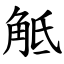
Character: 觝